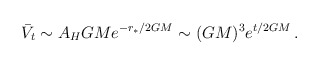
\begin{align*} \bar V_t\sim A_H GMe^{- r_*/2GM}\sim(GM)^3 e^{t/2GM}\,.\end{align*}